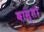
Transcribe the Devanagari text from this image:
वास्तो